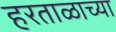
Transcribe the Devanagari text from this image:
हरताळाच्या